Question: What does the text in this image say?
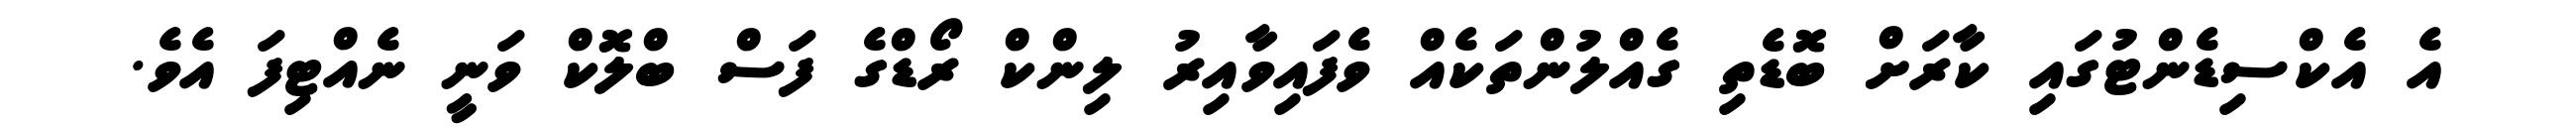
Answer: އެ އެކްސިޑެންޓުގައި ކާރަށް ބޮޑެތި ގެއްލުންތަކެއް ވެފައިވާއިރު ލިންކް ރޯޑްގެ ފަސް ބްލޮކް ވަނީ ނެއްޓިފަ އެވެ.